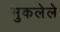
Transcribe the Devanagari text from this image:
मुकलेले